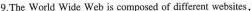
9.The World Wide Web is composed of different websites,